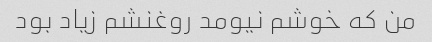
من که خوشم نیومد روغنشم زیاد بود